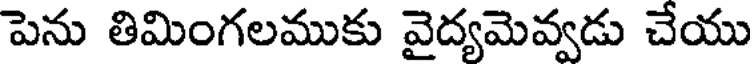
పెను తిమింగలముకు వైద్యమెవ్వడు చేయు